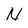
Character: N